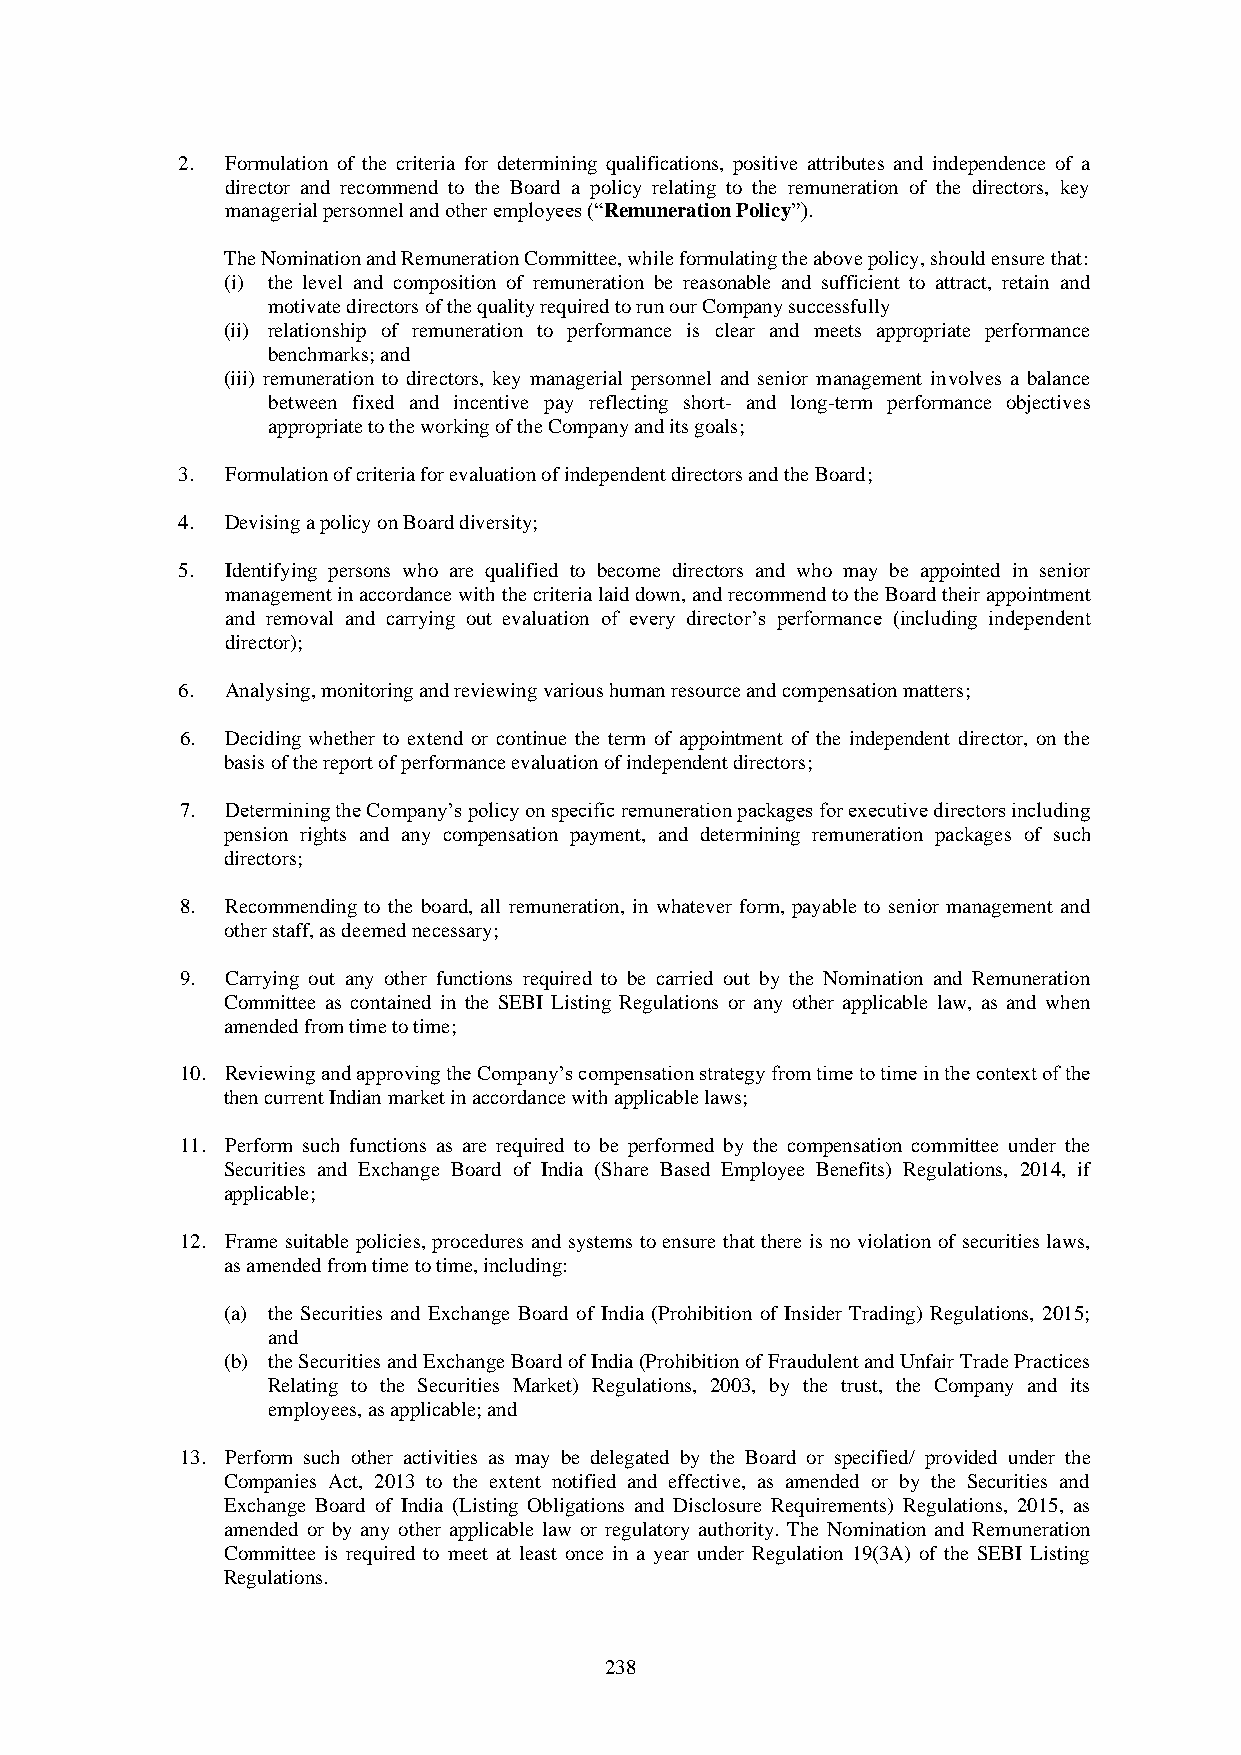
2. Formulation of the criteria for determining qualifications, positive attributes and independence of a
 director and recommend to the Board a policy relating to the remuneration of the directors, key
 managerial personnel and other employees (“Remuneration Policy”).
 The Nomination and Remuneration Committee, while formulating the above policy, should ensure that:
 (i) the level and composition of remuneration be reasonable and sufficient to attract, retain and
 motivate directors of the quality required to run our Company successfully
 (ii) relationship of remuneration to performance is clear and meets appropriate performance
 benchmarks; and
 (iii) remuneration to directors, key managerial personnel and senior management involves a balance
 between fixed and incentive pay reflecting short- and long-term performance objectives
 appropriate to the working of the Company and its goals;
 3. Formulation of criteria for evaluation of independent directors and the Board;
 4. Devising a policy on Board diversity;
 5. Identifying persons who are qualified to become directors and who may be appointed in senior
 management in accordance with the criteria laid down, and recommend to the Board their appointment
 and removal and carrying out evaluation of every director’s performance (including independent
 director);
 6. Analysing, monitoring and reviewing various human resource and compensation matters;
 6. Deciding whether to extend or continue the term of appointment of the independent director, on the
 basis of the report of performance evaluation of independent directors;
 7. Determining the Company’s policy on specific remuneration packages for executive directors including
 pension rights and any compensation payment, and determining remuneration packages of such
 directors;
 8. Recommending to the board, all remuneration, in whatever form, payable to senior management and
 other staff, as deemed necessary;
 9. Carrying out any other functions required to be carried out by the Nomination and Remuneration
 Committee as contained in the SEBI Listing Regulations or any other applicable law, as and when
 amended from time to time;
 10. Reviewing and approving the Company’s compensation strategy from time to time in the context of the
 then current Indian market in accordance with applicable laws;
 11. Perform such functions as are required to be performed by the compensation committee under the
 Securities and Exchange Board of India (Share Based Employee Benefits) Regulations, 2014, if
 applicable;
 12. Frame suitable policies, procedures and systems to ensure that there is no violation of securities laws,
 as amended from time to time, including:
 (a) the Securities and Exchange Board of India (Prohibition of Insider Trading) Regulations, 2015;
 and
 (b) the Securities and Exchange Board of India (Prohibition of Fraudulent and Unfair Trade Practices
 Relating to the Securities Market) Regulations, 2003, by the trust, the Company and its
 employees, as applicable; and
 13. Perform such other activities as may be delegated by the Board or specified/ provided under the
 Companies Act, 2013 to the extent notified and effective, as amended or by the Securities and
 Exchange Board of India (Listing Obligations and Disclosure Requirements) Regulations, 2015, as
 amended or by any other applicable law or regulatory authority. The Nomination and Remuneration
 Committee is required to meet at least once in a year under Regulation 19(3A) of the SEBI Listing
 Regulations.
 238